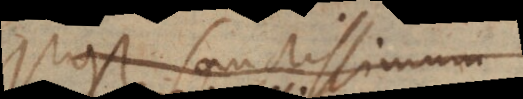
Post sanctissimum